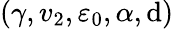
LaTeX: (\gamma,v_{2},\varepsilon_{0},\alpha,\mathrm{d})